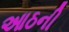
આઠની